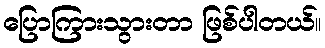
ပြောကြားသွားတာ ဖြစ်ပါတယ်။